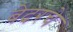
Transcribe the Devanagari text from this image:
बेदरचे